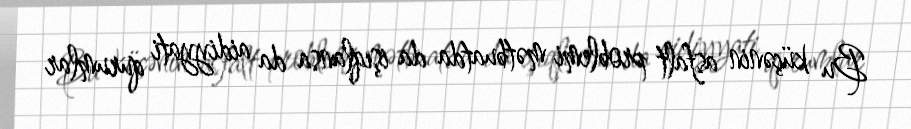
Bu küçənin asfalt problemi mətbuatda da işıqlansa da aidiyyati qurumlar